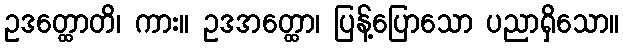
ဥဒတ္ထောတိ၊ ကား။ ဥဒအတ္ထော၊ ပြန့်ပြောသော ပညာရှိသော။